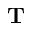
\mathbf T